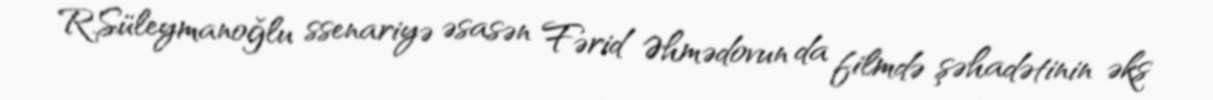
R.Süleymanoğlu ssenariyə əsasən Fərid Əhmədovun da filmdə şəhadətinin əks